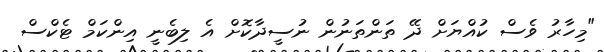
"މިހާރު ވެސް ކުއްޔަށް ދޭ ތަންތަނުން ނުސީދާކޮށް އެ ލިބެނީ އިންކަމް ޓެކްސް